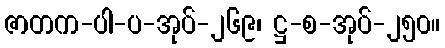
ဇာတက-ပါ-ပ-အုပ်-၂၆၉၊ ဋ္ဌ-စ-အုပ်-၂၅၀။